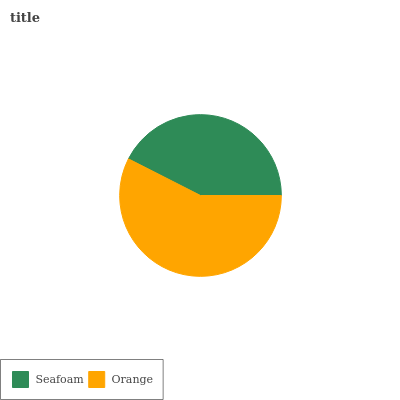
| Seafoam | Orange |
 | --- | --- |
 | 42.5% | 57.5% |